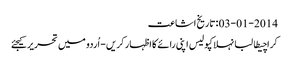
03-01-2014 :تاریخ اشاعت
کراچیطالبانہلاکپولیس اپنی رائے کا اظہار کریں - اُردو میں تحریر کیجئے